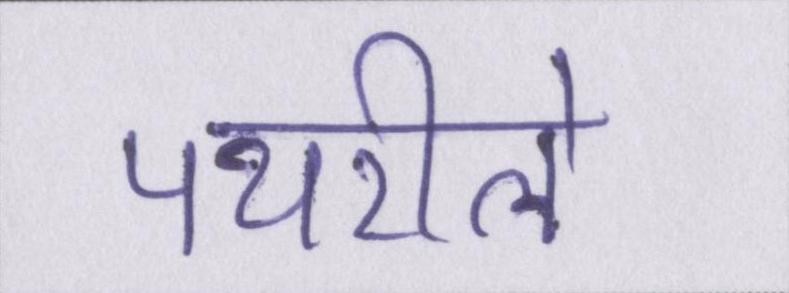
पथरीले